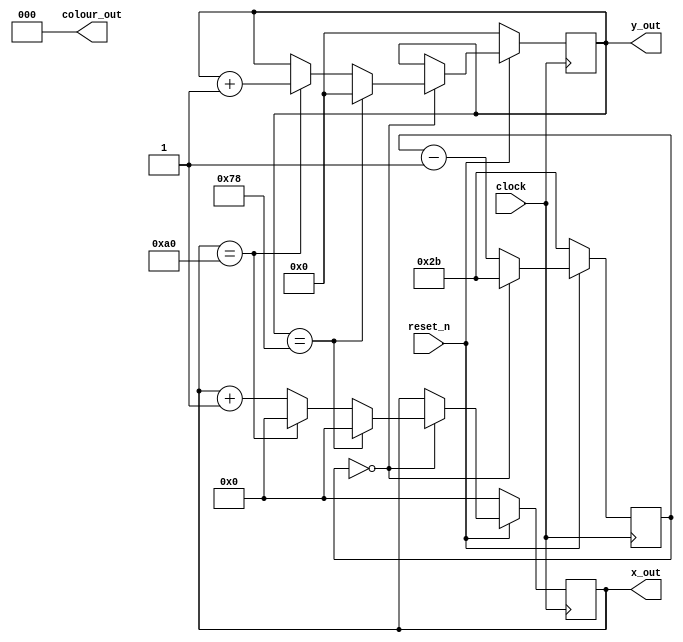
module clear_screen(clock, reset_n, x_out, y_out, colour_out);
	input reset_n; 
	input clock;
	output [7:0] x_out;
	output [6:0] y_out;
	output [2:0] colour_out;
	reg [7:0] x_count;
	reg [6:0] y_count;
	reg [5:0] counter;
	
	always @(posedge clock)
		begin
			if (!reset_n)
				begin
					x_count <= 8'd0;
					y_count <= 7'd0;
					counter <= 6'd43;					
				end
			else if (counter == 6'd0)
				begin
					counter <= 6'd43;					
					if (y_count == 7'd120)
						begin
							y_count <= 7'd0;
							x_count <= 8'd0;
						end
					else if (x_count == 8'd160)
						begin
							x_count <= 8'd0;
							y_count <= y_count + 7'd1;
						end
					else
						x_count <= x_count + 8'd1;
				end
			else
				counter <= counter - 6'd1;
		end
		
	assign x_out = x_count;
	assign y_out = y_count;
	assign colour_out = 3'b000;
endmodule